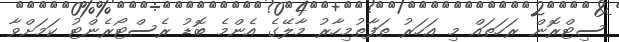
ސިޓްރޮން ރަހަތައް މި އަހަރު ތަފާތުމިހާރު މާލޭގެ އެންމެ ބޮޑު ރެސްޓޯރެންޓު ކަމަށްވާ